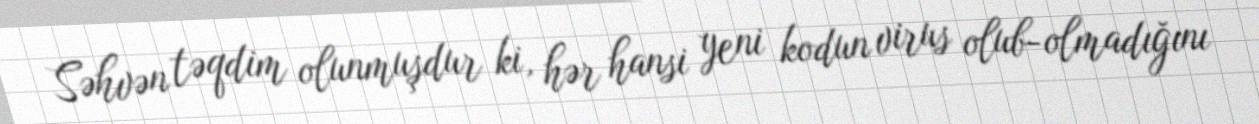
Səhvən təqdim olunmuşdur ki, hər hansi yeni kodun virus olub-olmadığını